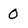
Character: 0